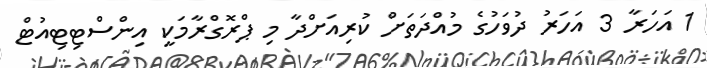
1 އަހަރާ 3 އަހަރު ދުވަހުގެ މުއްދަތަށް ކުރިއަށްދާ މި ޕްރޮގްރާމަކީ އިންސްޓިޓިއުޓް